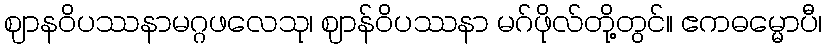
ဈာနဝိပဿနာမဂ္ဂဖလေသု၊ ဈာန်ဝိပဿနာ မဂ်ဖိုလ်တို့တွင်။ ဧကဓမ္မောပီ၊